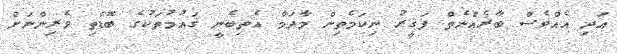
އަދި އެއްވެސް ބާރެއްނެތް ފަޤީރު ނިކަމެތިން މާދަމާ އެތިބެނީ ޤައުމުތަކުގެ ބޮޑެތި ވެރިންނަށް